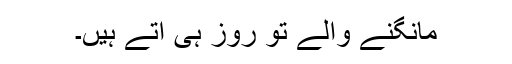
مانگنے والے تو روز ہی آتے ہیں۔